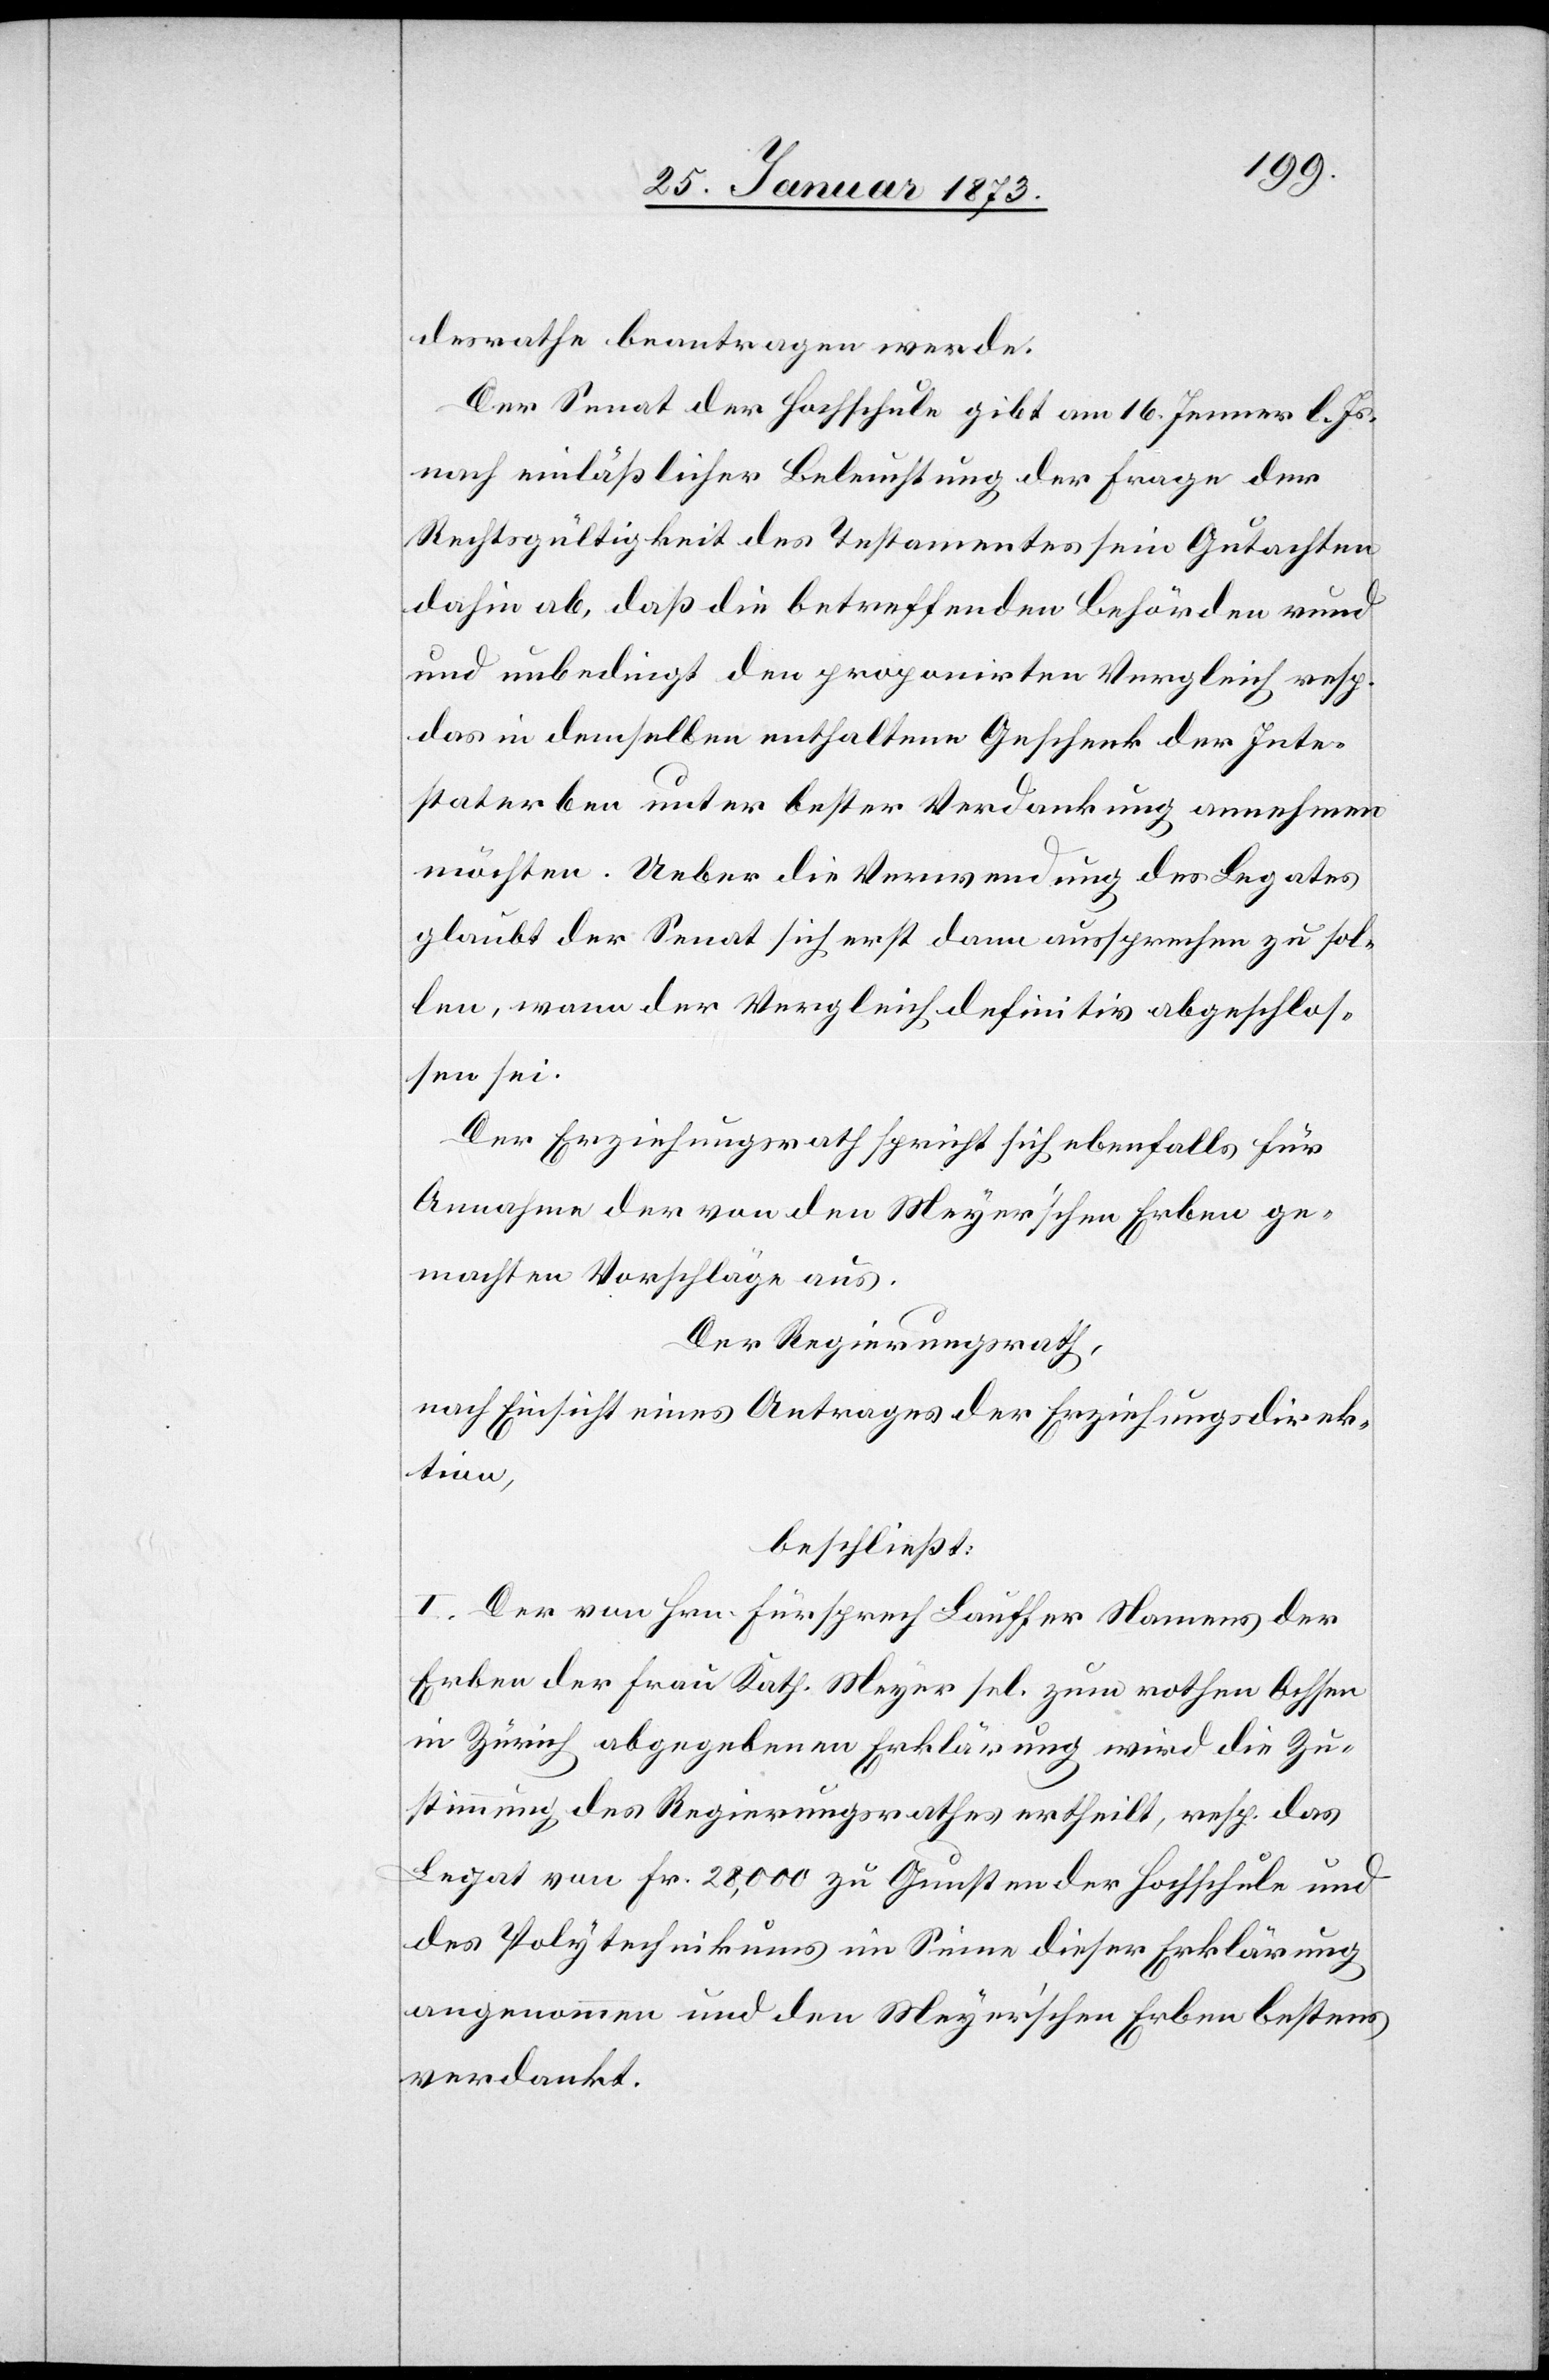
desrathe beantragen werde.
Der Senat der Hochschule gibt am 16. Jenner l. Js.
nach einläßlicher Beleuchtung der Frage der
Rechtsgültigkeit des Testamentes sein Gutachten
dahin ab, daß die betreffenden Behörden rund
und unbedingt den proponirten Vergleich resp.
das in demselben enthaltene Geschenk der Inte¬
staterben unter bester Verdankung annehmen
möchten. Ueber die Verwendung des Legates
glaubt der Senat sich erst dann aussprechen zu sol¬
len, wenn der Vergleich definitiv abgeschlos¬
sen sei.
Der Erziehungsrath spricht sich ebenfalls für
Annahme der von den Meyerschen Erben ge¬
machten Vorschläge aus.
Der Regierungsrath,
nach Einsicht eines Antrages der Erziehungsdirek¬
tion,
beschließt:
I. Der von Hrn. Fürsprech Lauffer Namens der
Erben der Frau Kath. Meyer sel. zum rothen Ochsen
in Zürich abgegebenen Erklärung wird die Zu¬
stimmung des Regierungsrathes ertheilt, resp. das
Legat von Fr. 28,000 zu Gunsten der Hochschule und
des Polytechnikums im Sinne dieser Erklärung
angenommen und den Meyerschen Erben bestens
verdankt.